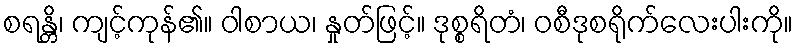
စရန္တိ၊ ကျင့်ကုန်၏။ ဝါစာယ၊ နှုတ်ဖြင့်။ ဒုစ္စရိတံ၊ ဝစီဒုစရိုက်လေးပါးကို။